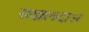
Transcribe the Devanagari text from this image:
राखलदास